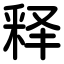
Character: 释